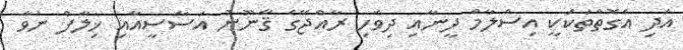
އަދި އެގޮތްތަކަކީ އިސްލާމް ދީނާއި ދިވެހި ރާއްޖޭގެ ޤާނޫނު އަސާސީއާއި ޚިލާފް ނުވާ